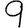
Digit: 9